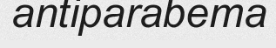
antiparabema